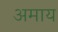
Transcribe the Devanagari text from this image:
अमाय